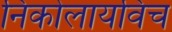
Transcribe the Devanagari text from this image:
निकोलायविच